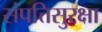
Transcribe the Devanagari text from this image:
संपत्तिसुरक्षा